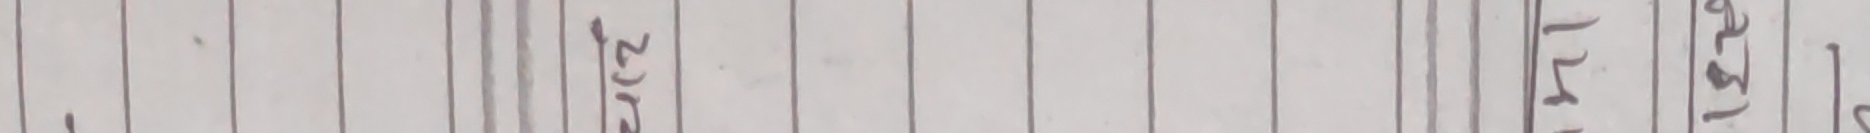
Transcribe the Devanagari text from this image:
सिटी